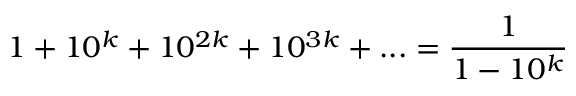
1 + 1 0 ^ { k } + 1 0 ^ { 2 k } + 1 0 ^ { 3 k } + . . . = { \frac { 1 } { 1 - 1 0 ^ { k } } }